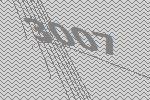
3007